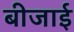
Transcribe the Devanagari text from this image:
बीजाई